Elephants and their diseases
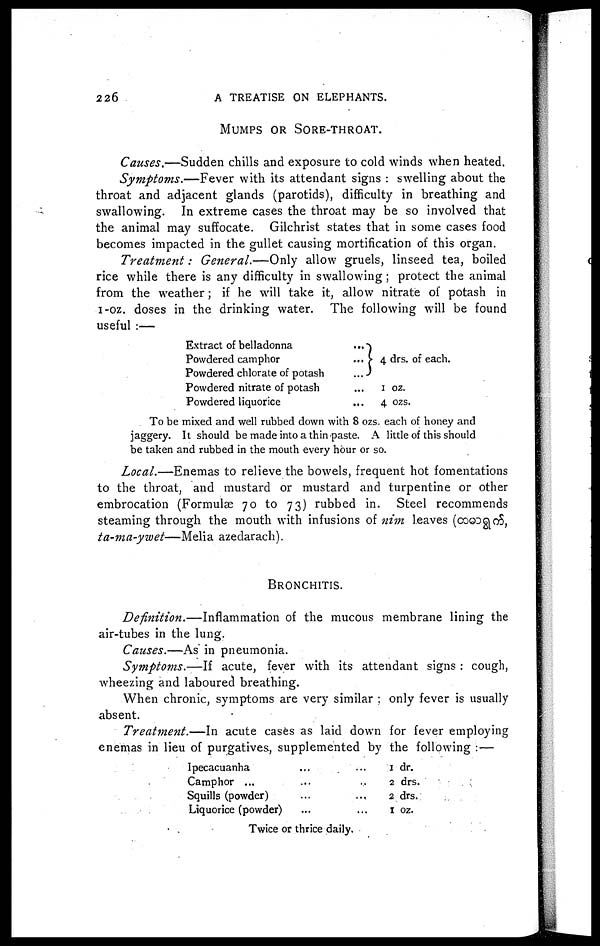
226
A TREATISE ON ELEPHANTS.
MUMPS OR SORE-THROAT.
Causes.—Sudden chills and exposure to cold winds when heated.
Symptoms.—Fever
with its attendant signs : swelling about the
throat and adjacent glands (parotids), difficulty in breathing and
swallowing. In extreme cases the throat may be so involved that
the animal may suffocate. Gilchrist states that in some cases food
becomes impacted in the gullet causing mortification of this organ.
Treatment:
General.—Only allow gruels, linseed tea, boiled
rice while there is any difficulty in swallowing ; protect the animal
from the weather ; if he will take it, allow nitrate of potash in
1-oz. doses in the drinking water. The following will be found
useful :—
Extract of belladonna
Powdered camphor
Powdered chlorate of potash
Powdered nitrate of potash
Powdered liquorice
...
... 4 drs. of each.
...
1 oz.
4 ozs.
To be mixed and well rubbed down with 8 ozs. each of honey and
jaggery. It should be made into a thin paste. A little of this should
be taken and rubbed in the mouth every hour or so.
Local.—Enemas to relieve the bowels, frequent hot fomentations
to the throat, and mustard or mustard and turpentine or other
embrocation (Formulae 70 to 73) rubbed in. Steel recommends
steaming through the mouth with infusions of nim leaves (COODQOS,
ta-ma-ywet—Melia
azedarach).
BRONCHITIS.
Definition.—Inflammation
of the mucous membrane lining the
air-tubes in the lung.
Causes.—As in pneumonia.
Symptoms.—If
acute, fever with its attendant signs : cough,
wheezing and laboured breathing.
When chronic, symptoms are very similar ; only fever is usually
absent.
Treatment.—In
acute cases as laid down for fever employing
enemas in lieu of purgatives, supplemented by the following :—
Ipecacuanha ... ...
Camphor ... ... ...
Squills (powder) ... ...
Liquorice (powder) ... ...
1 dr.
2 drs.
2 drs.
1 oz.
Twice or thrice daily.